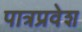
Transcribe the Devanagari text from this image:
पात्रप्रवेश